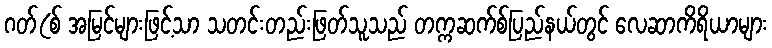
ဂတ်(စ် အမြင်များဖြင့်သာ သတင်းတည်းဖြတ်သူသည် တက္ကဆက်စ်ပြည်နယ်တွင် လေဆာကိရိယာများ